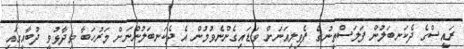
ރައީސްގެ ދެކަނބަލުން ފަލަސްތީނުގެ ޕެވިލިއަނަށް ވަޑައިގެންނެވުމުން އެ ދެކަނބަލުންނަށް މަރުހަބާ ވިދާޅުވީ ދުބާއީގައި